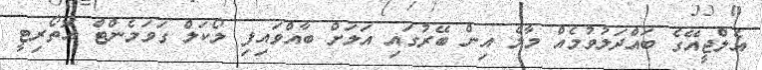
އެލްޖީއޭގެ ބައްދަލުވުމެއް މާލެ އިން ބޭރުގައި އަލަށް ބާއްވައިފި ލޯކަލް ގަވަމެންޓް އޮތޯރިޓީ